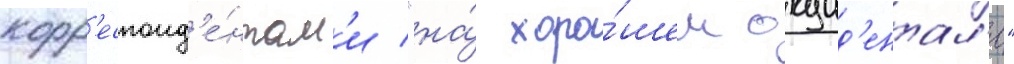
корр'еспонд'е́нтам'и "на́ хоро́шем окцид'ентал'е"